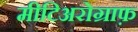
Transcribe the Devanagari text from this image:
मीटिअरोग्राफ़